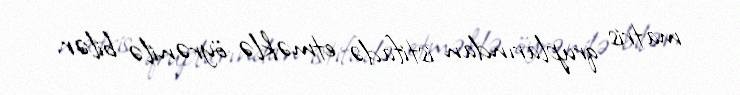
matris qruplarından istifadə etməklə öyrənilə bilər.